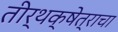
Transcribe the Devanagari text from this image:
तीर्थक्षेत्राचा